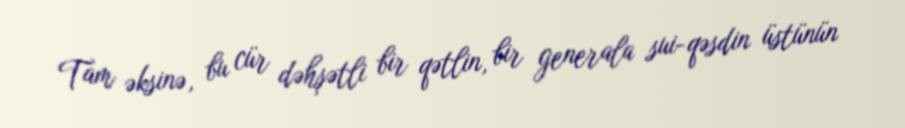
Tam əksinə, bu cür dəhşətli bir qətlin, bir generala sui-qəsdin üstünün